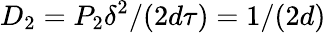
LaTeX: D_{2}=P_{2}\delta^{2}/(2d\tau)=1/(2d)